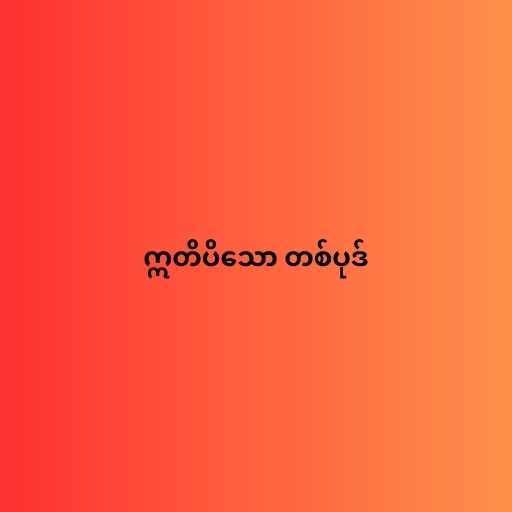
ဣတိပိသော တစ်ပုဒ်